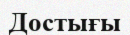
Достығы